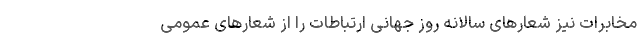
مخابرات نیز شعارهای سالانه روز جهانی ارتباطات را از شعارهای عمومی